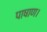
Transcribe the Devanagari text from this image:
पाषाण।